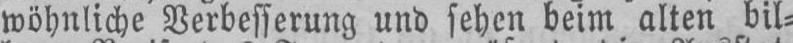
wöhnliche Verbesserung und sehen beim alten bil⸗